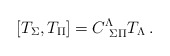
\begin{align*}\left[T_{\Sigma},T_{\Pi}\right]=C^{\Lambda}_{\ \Sigma\Pi}T_{\Lambda}\,.\end{align*}